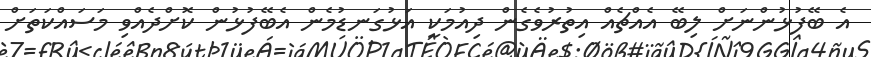
އެ ބޭފުޅުންނަށް ލިބޭ އެއްޗެއް އިތުރުވެގެން ދިއުމަކީ އަޅުގަނޑުމެން އެބޭފުޅުން ކޮށްދެއްވި މަސައްކަތަށް